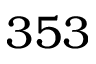
3 5 3